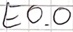
Text: E0.0